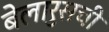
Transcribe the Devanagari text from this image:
बेलारुसची